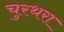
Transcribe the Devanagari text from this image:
चुरथरा